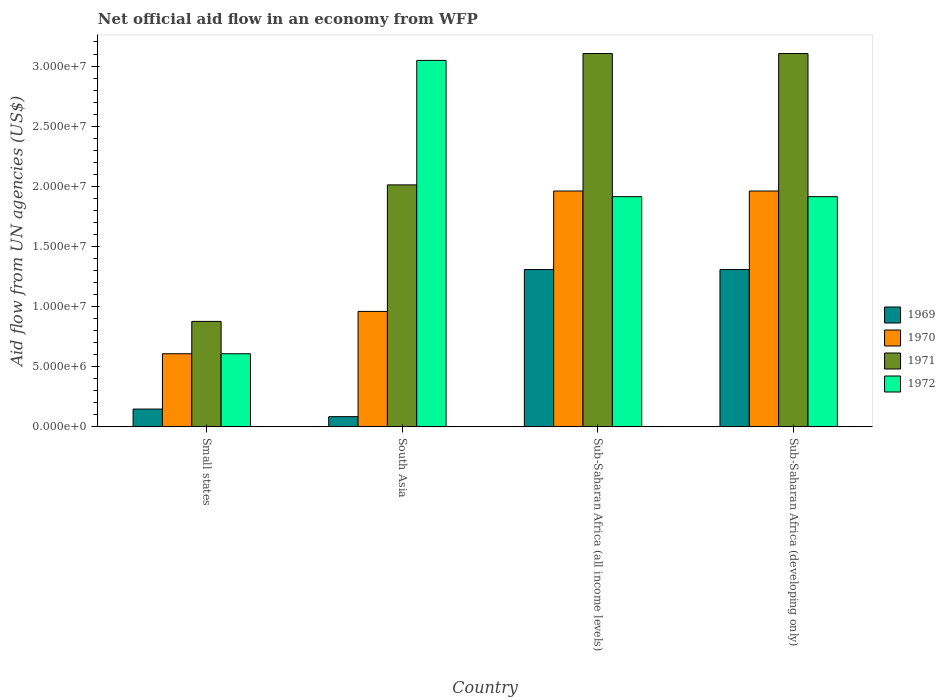
| Country | 1969 | 1970 | 1971 | 1972 |
 | --- | --- | --- | --- | --- |
 | Small states | 1.48e+06 | 6.08e+06 | 8.77e+06 | 6.08e+06 |
 | South Asia | 8.5e+05 | 9.6e+06 | 2.01e+07 | 3.05e+07 |
 | Sub-Saharan Africa (all income levels) | 1.31e+07 | 1.96e+07 | 3.1e+07 | 1.91e+07 |
 | Sub-Saharan Africa (developing only) | 1.31e+07 | 1.96e+07 | 3.1e+07 | 1.91e+07 |